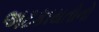
અટકાયતોનો